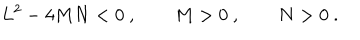
L ^ { 2 } - 4 M N < 0 \ , \qquad M > 0 \ , \qquad N > 0 \ .